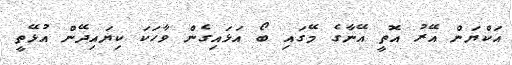
އަކްޔަން އޭރު އޮތީ އޭނާގެ މޭގައި ބޯ އަޅައިގެން ވާހަކަ ކިޔައިދޭން އުޅޭތީ